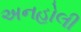
અનહોલી